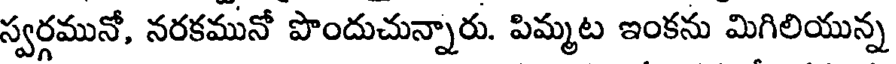
స్వర్గమునో, నరకమునో పొందుచున్నారు. పిమ్మట ఇంకను మిగిలియున్న